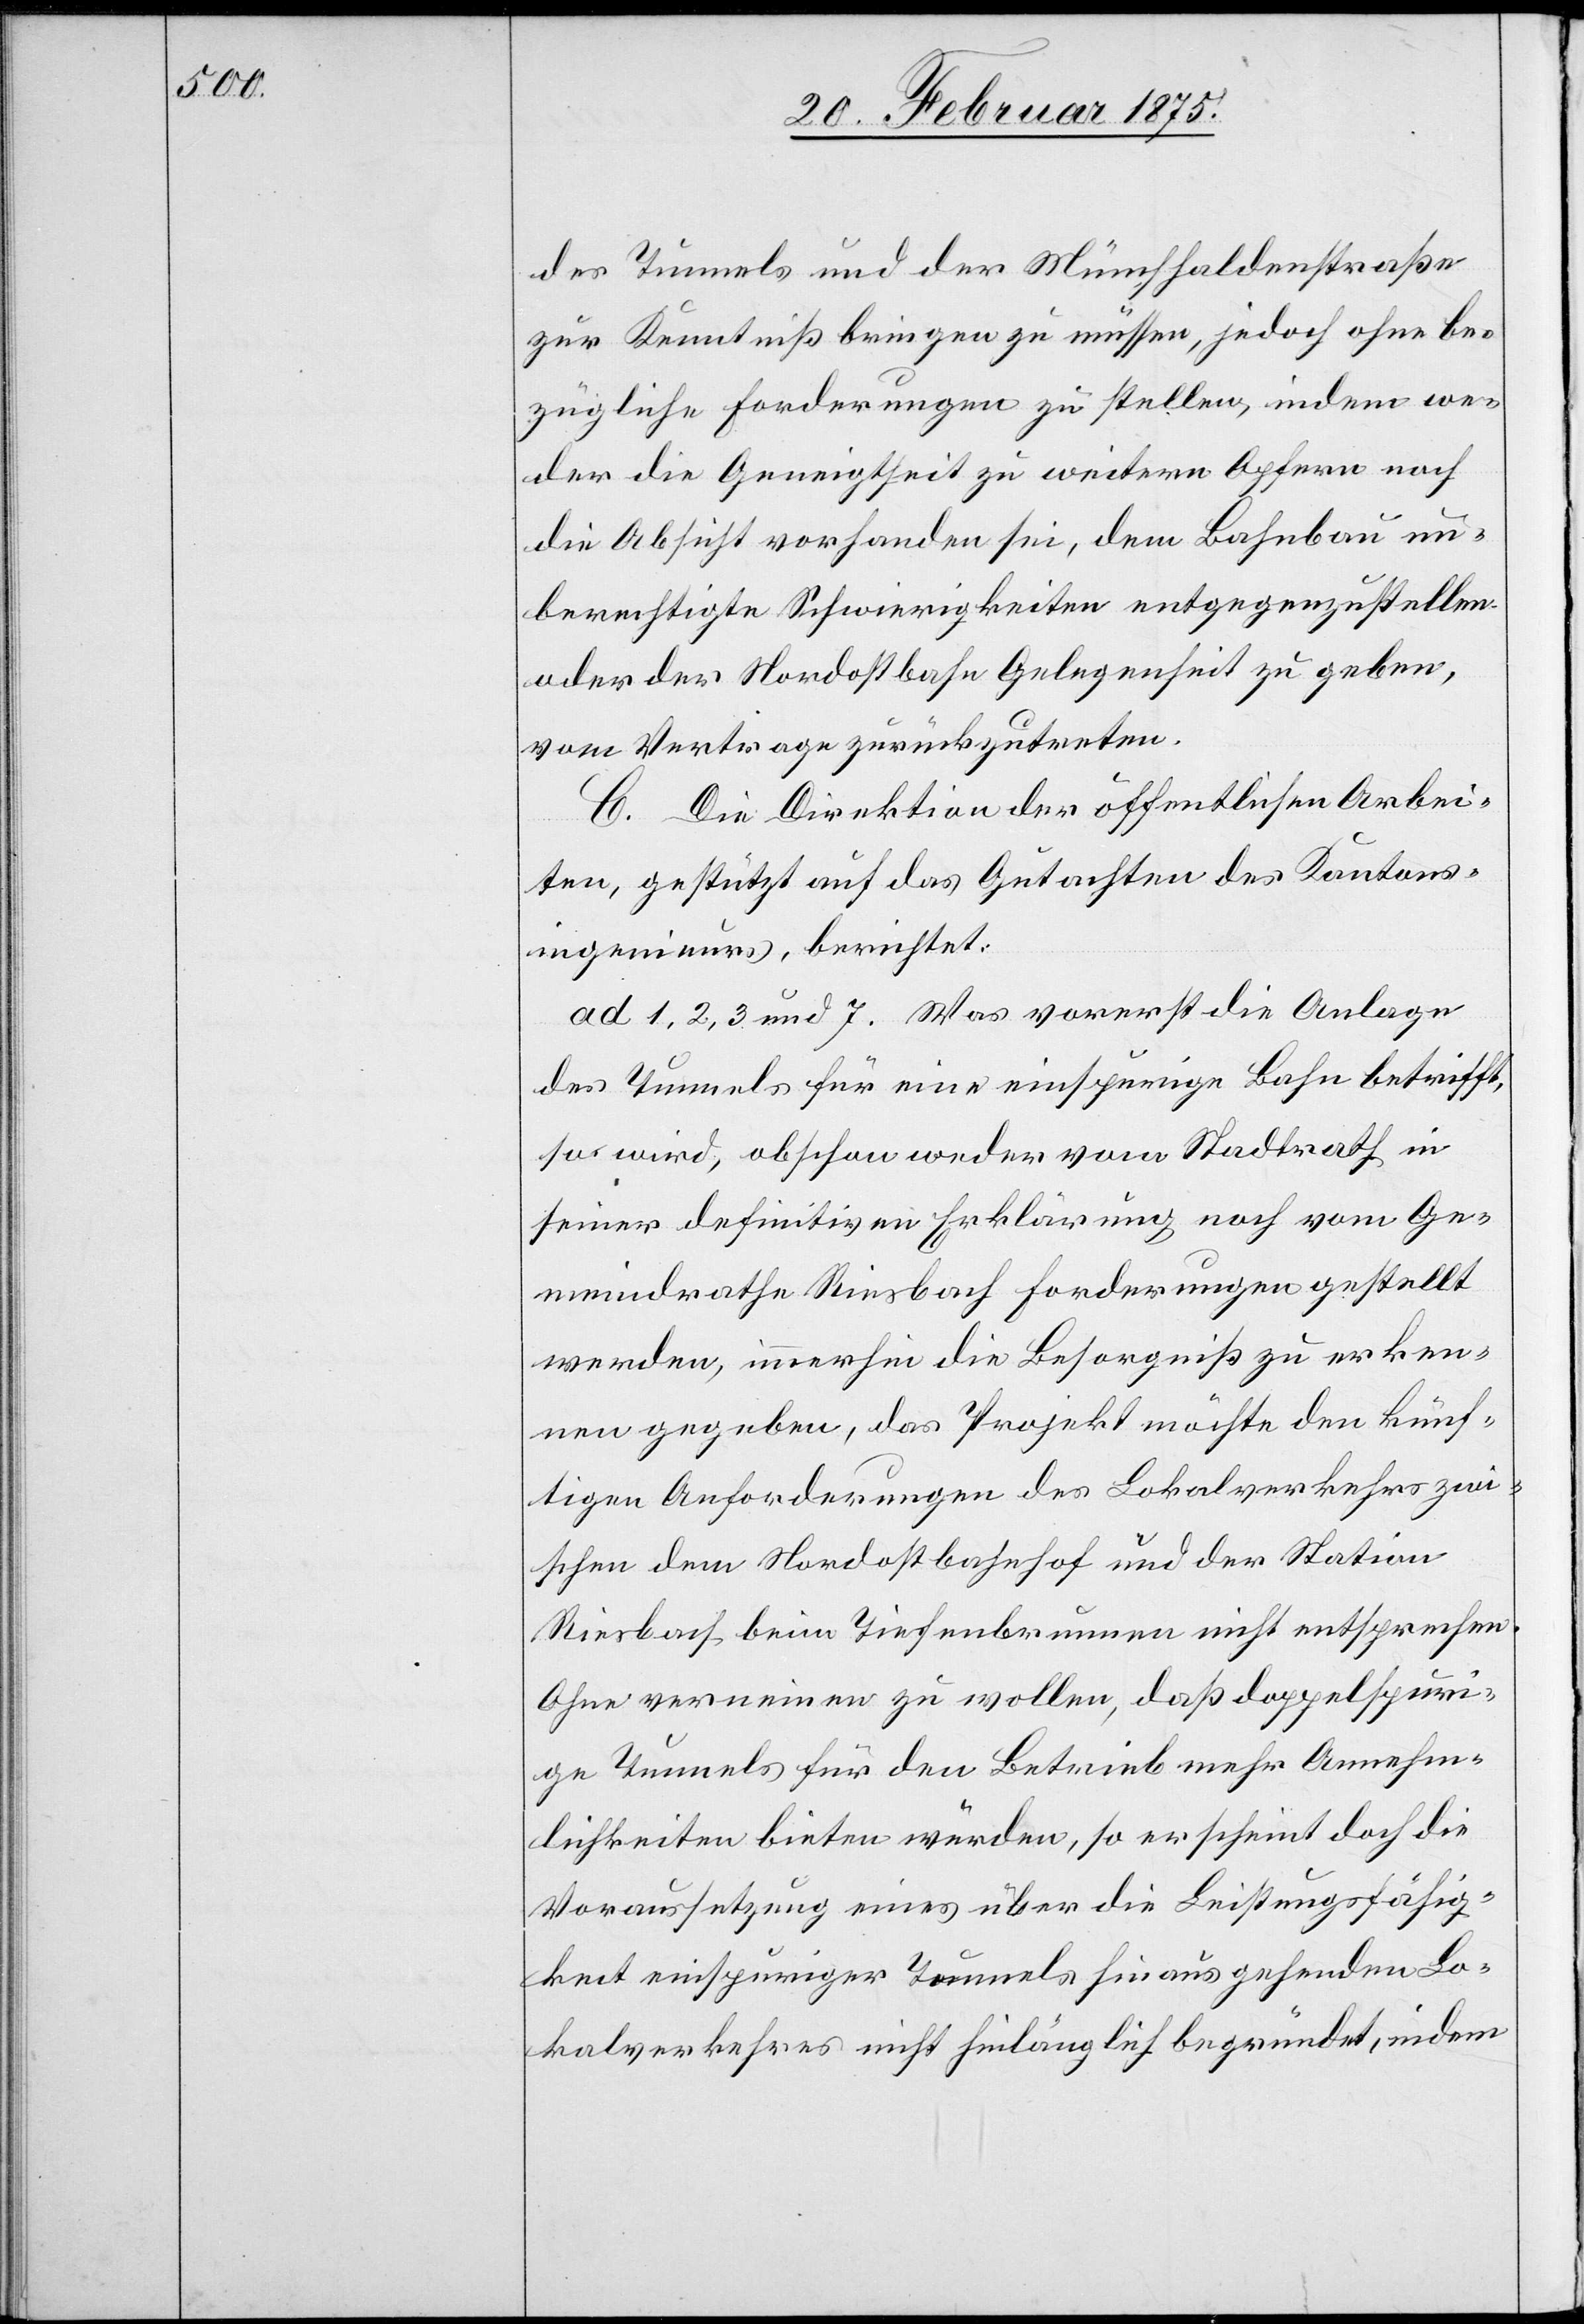
des Tunnels und der Münchhaldenstraße
zur Kenntniß bringen zu müssen, jedoch ohne be¬
zügliche Forderungen zu stellen, indem we¬
der die Geneigtheit zu weitern Opfern noch
die Absicht vorahnden sei, dem Bahnbau un¬
berechtigte Schwierigkeiten entgegenzustellen
oder der Nordostbahn Gelegenheit zu geben,
vom Vertrage zurückzutreten.
C. Die Direktion der öffentlichen Arbei¬
ten, gestützt auf das Gutachten des Kantons¬
ingenieurs, berichtet:
ad 1, 2, 3 und 7. Was vorerst die Anlage
des Tunnels für eine einspurige Bahn betrifft,
so wird obschon weder vom Stadtrath in
seiner definitiven Erklärung noch vom Ge¬
meindrathe Riesbach Forderungen gestellt
werden, immerhin die Besorgnis zu erken¬
nen gegeben, das Projekt möchte den künf¬
tigen Anforderungen des Lokalverkehrs zwi¬
schen dem Nordostbahnhof und der Station
Riesbach beim Tiefenbrunnen nicht entsprechen.
Ohne verneinen zu wollen, daß doppelspuri¬
ge Tunnels für den Betrieb mehr Annehm¬
lichkeiten bieten würden, so erscheint doch die
Voraussetzung eines über die Leistungsfähig¬
keit einspuriger Tunnels hinaus gehenden Lo¬
kalverkehres nicht hinlänglich begründet, indem